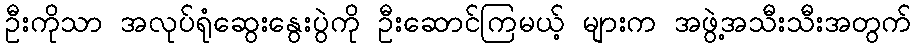
ဦးကိုသာ အလုပ်ရုံဆွေးနွေးပွဲကို ဦးဆောင်ကြမယ့် များက အဖွဲ့အသီးသီးအတွက်